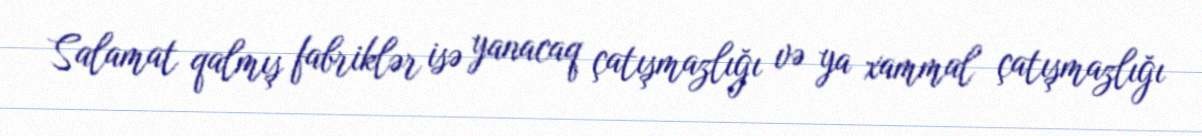
Salamat qalmış fabriklər isə yanacaq çatışmazlığı və ya xammal çatışmazlığı